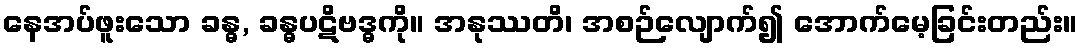
နေအပ်ဖူးသော ခန္ဓ, ခန္ဓပဋိဗဒ္ဓကို။ အနုဿတိ၊ အစဉ်လျောက်၍ အောက်မေ့ခြင်းတည်း။